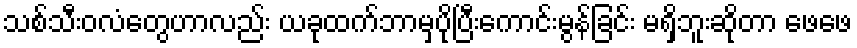
သစ်သီးဝလံတွေဟာလည်း ယခုထက်ဘာမှပိုပြီးကောင်းမွန်ခြင်း မရှိဘူးဆိုတာ ဖေဖေ